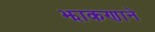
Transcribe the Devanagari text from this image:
झाकणाने